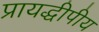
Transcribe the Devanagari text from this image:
प्रायद्धीपीय